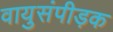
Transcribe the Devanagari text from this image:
वायुसंपीड़क